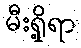
မီးရှို့ရာ